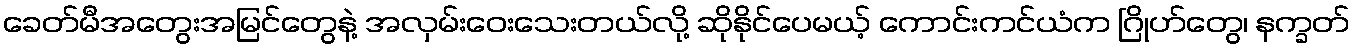
ခေတ်မီအတွေးအမြင်တွေနဲ့ အလှမ်းဝေးသေးတယ်လို့ ဆိုနိုင်ပေမယ့် ကောင်းကင်ယံက ဂြိုဟ်တွေ၊ နက္ခတ်